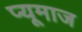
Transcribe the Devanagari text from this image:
प्यूमाज